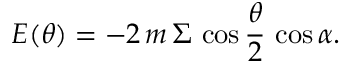
E ( \theta ) = - 2 \, m \, \Sigma \, \cos { \frac { \theta } { 2 } } \, \cos \alpha .